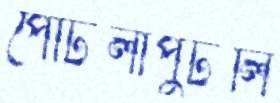
পোঁটলাপুঁটলি